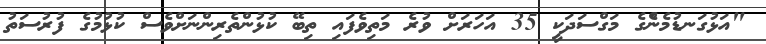
"އަޅުގަނޑުމެންެގެ މަގްސަދަކީ 35 އަހަރަށް ވުރެ މަތިވެފައި ތިބޭ ކުޅުންތެރިންނަށްވެސް ކުޅުމުގެ ފުރުސަތު